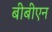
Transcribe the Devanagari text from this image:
बीबीएन